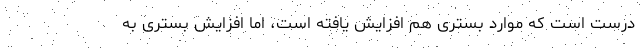
درست است که موارد بستری هم افزایش یافته است، اما افزایش بستری به